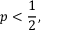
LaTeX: p < { \frac { 1 } { 2 } } ,